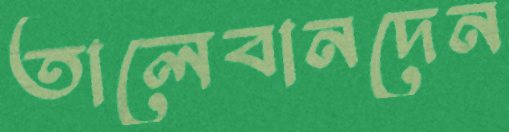
তালেবানদেন